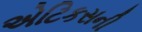
એટિકસની